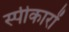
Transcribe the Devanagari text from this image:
स्पीकारों